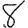
Digit: 8